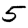
Digit: 5